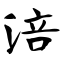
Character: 涪